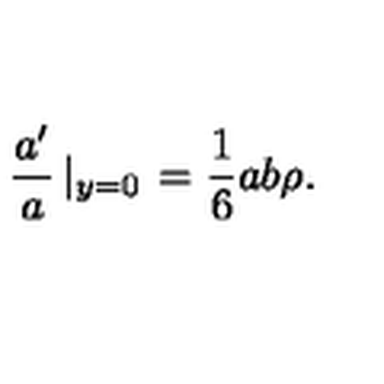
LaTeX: \frac { a ^ { \prime } } { a } \left| _ { y = 0 } \right. = \frac { 1 } { 6 } a b \rho .